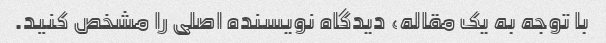
با توجه به یک مقاله، دیدگاه نویسنده اصلی را مشخص کنید.